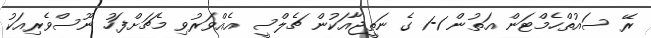
ރޭ ސައުތްހެމްޓަން އަތުން 1-1 ގެ ނަތީޖާއަކުން ޗެލްސީ އެއްވަރުވި މެޗަށްފަހު ނޫސްވެރިއަކު